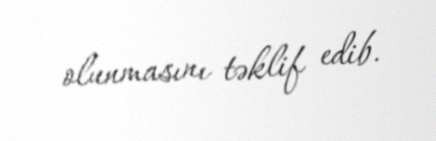
olunmasını təklif edib.